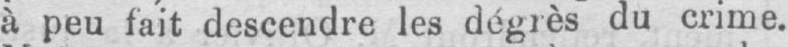
à peu fait descendre les dégrès du crime.